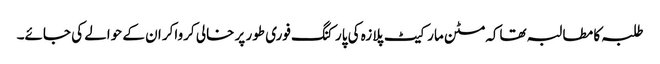
طلبہ کا مطالبہ تھاکہ مٹن مارکیٹ پلازہ کی پارکنگ فوری طور پر خالی کرواکر ان کے حوالے کی جائے۔